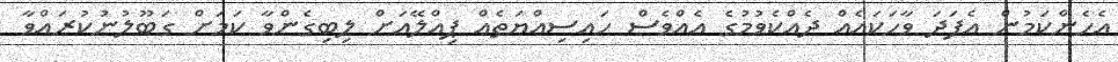
އެހެންކަމުން އެފަދަ ވާހަކައެއް ދެއްކެވުމުގެ އެއްވެސް ހައިސިއްޔަތެއް ޕިއްލޭއަށް ލިބިގެންވާ ކަމަށް ގަބޫލުނުކުރައްވާ